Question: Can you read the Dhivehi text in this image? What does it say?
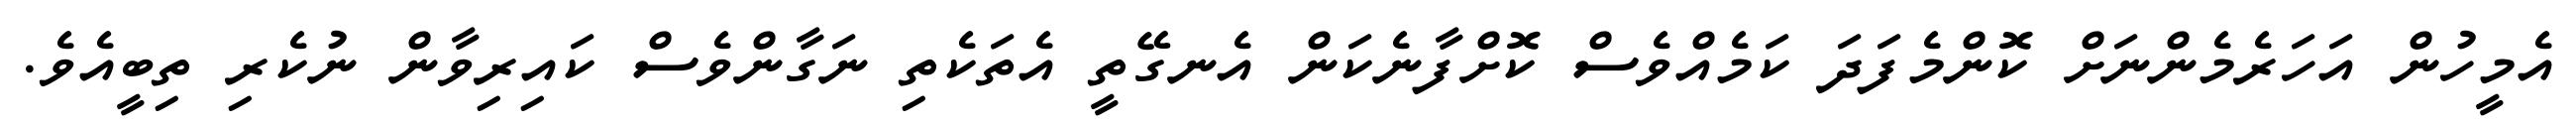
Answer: އެމީހުން އަހަރެމެންނަށް ކޮންމެފަދަ ކަމެއްވެސް ކޮށްފާނެކަން އެނގޭތީ އެތަކެތި ނަގާންވެސް ކައިރިވާން ނުކެރި ތިބީއެވެ.